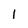
Character: 1